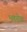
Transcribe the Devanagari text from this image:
भवरोगः